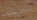
الحاسبات